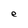
Character: e